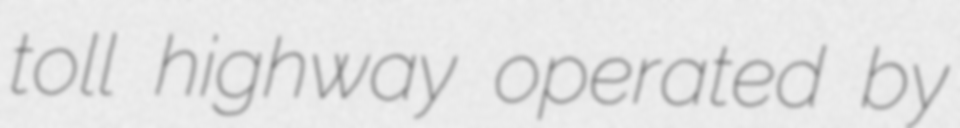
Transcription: toll highway operated by